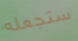
ستجعله